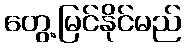
တွေ့မြင်နိုင်မည်